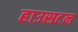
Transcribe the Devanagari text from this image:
हाउसटन